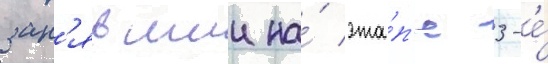
зан'явшии на́ эта́п'е 3-е́